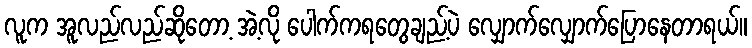
လူက အူလည်လည်ဆိုတော့ အဲ့လို ပေါက်ကရတွေချည့်ပဲ လျှောက်လျှောက်ပြောနေတာရယ်။